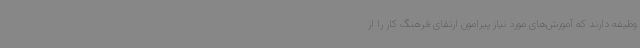
وظیفه دارند که آموزش‌های مورد نیاز پیرامون ارتقای فرهنگ کار را از